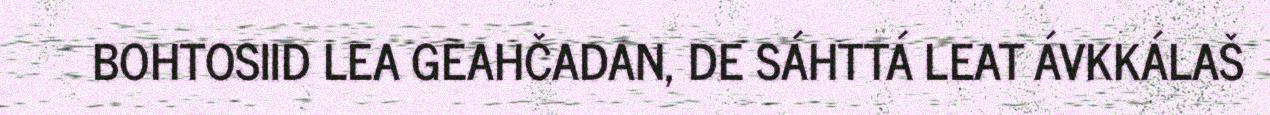
BOHTOSIID LEA GEAHČADAN, DE SÁHTTÁ LEAT ÁVKKÁLAŠ